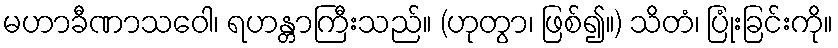
မဟာခီဏာသဝေါ၊ ရဟန္တာကြီးသည်။ (ဟုတွာ၊ ဖြစ်၍။) သိတံ၊ ပြုံးခြင်းကို။